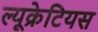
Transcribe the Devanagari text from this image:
ल्यूक्रेटियस